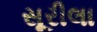
સૂરીલા